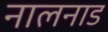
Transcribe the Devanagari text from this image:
नालनाड